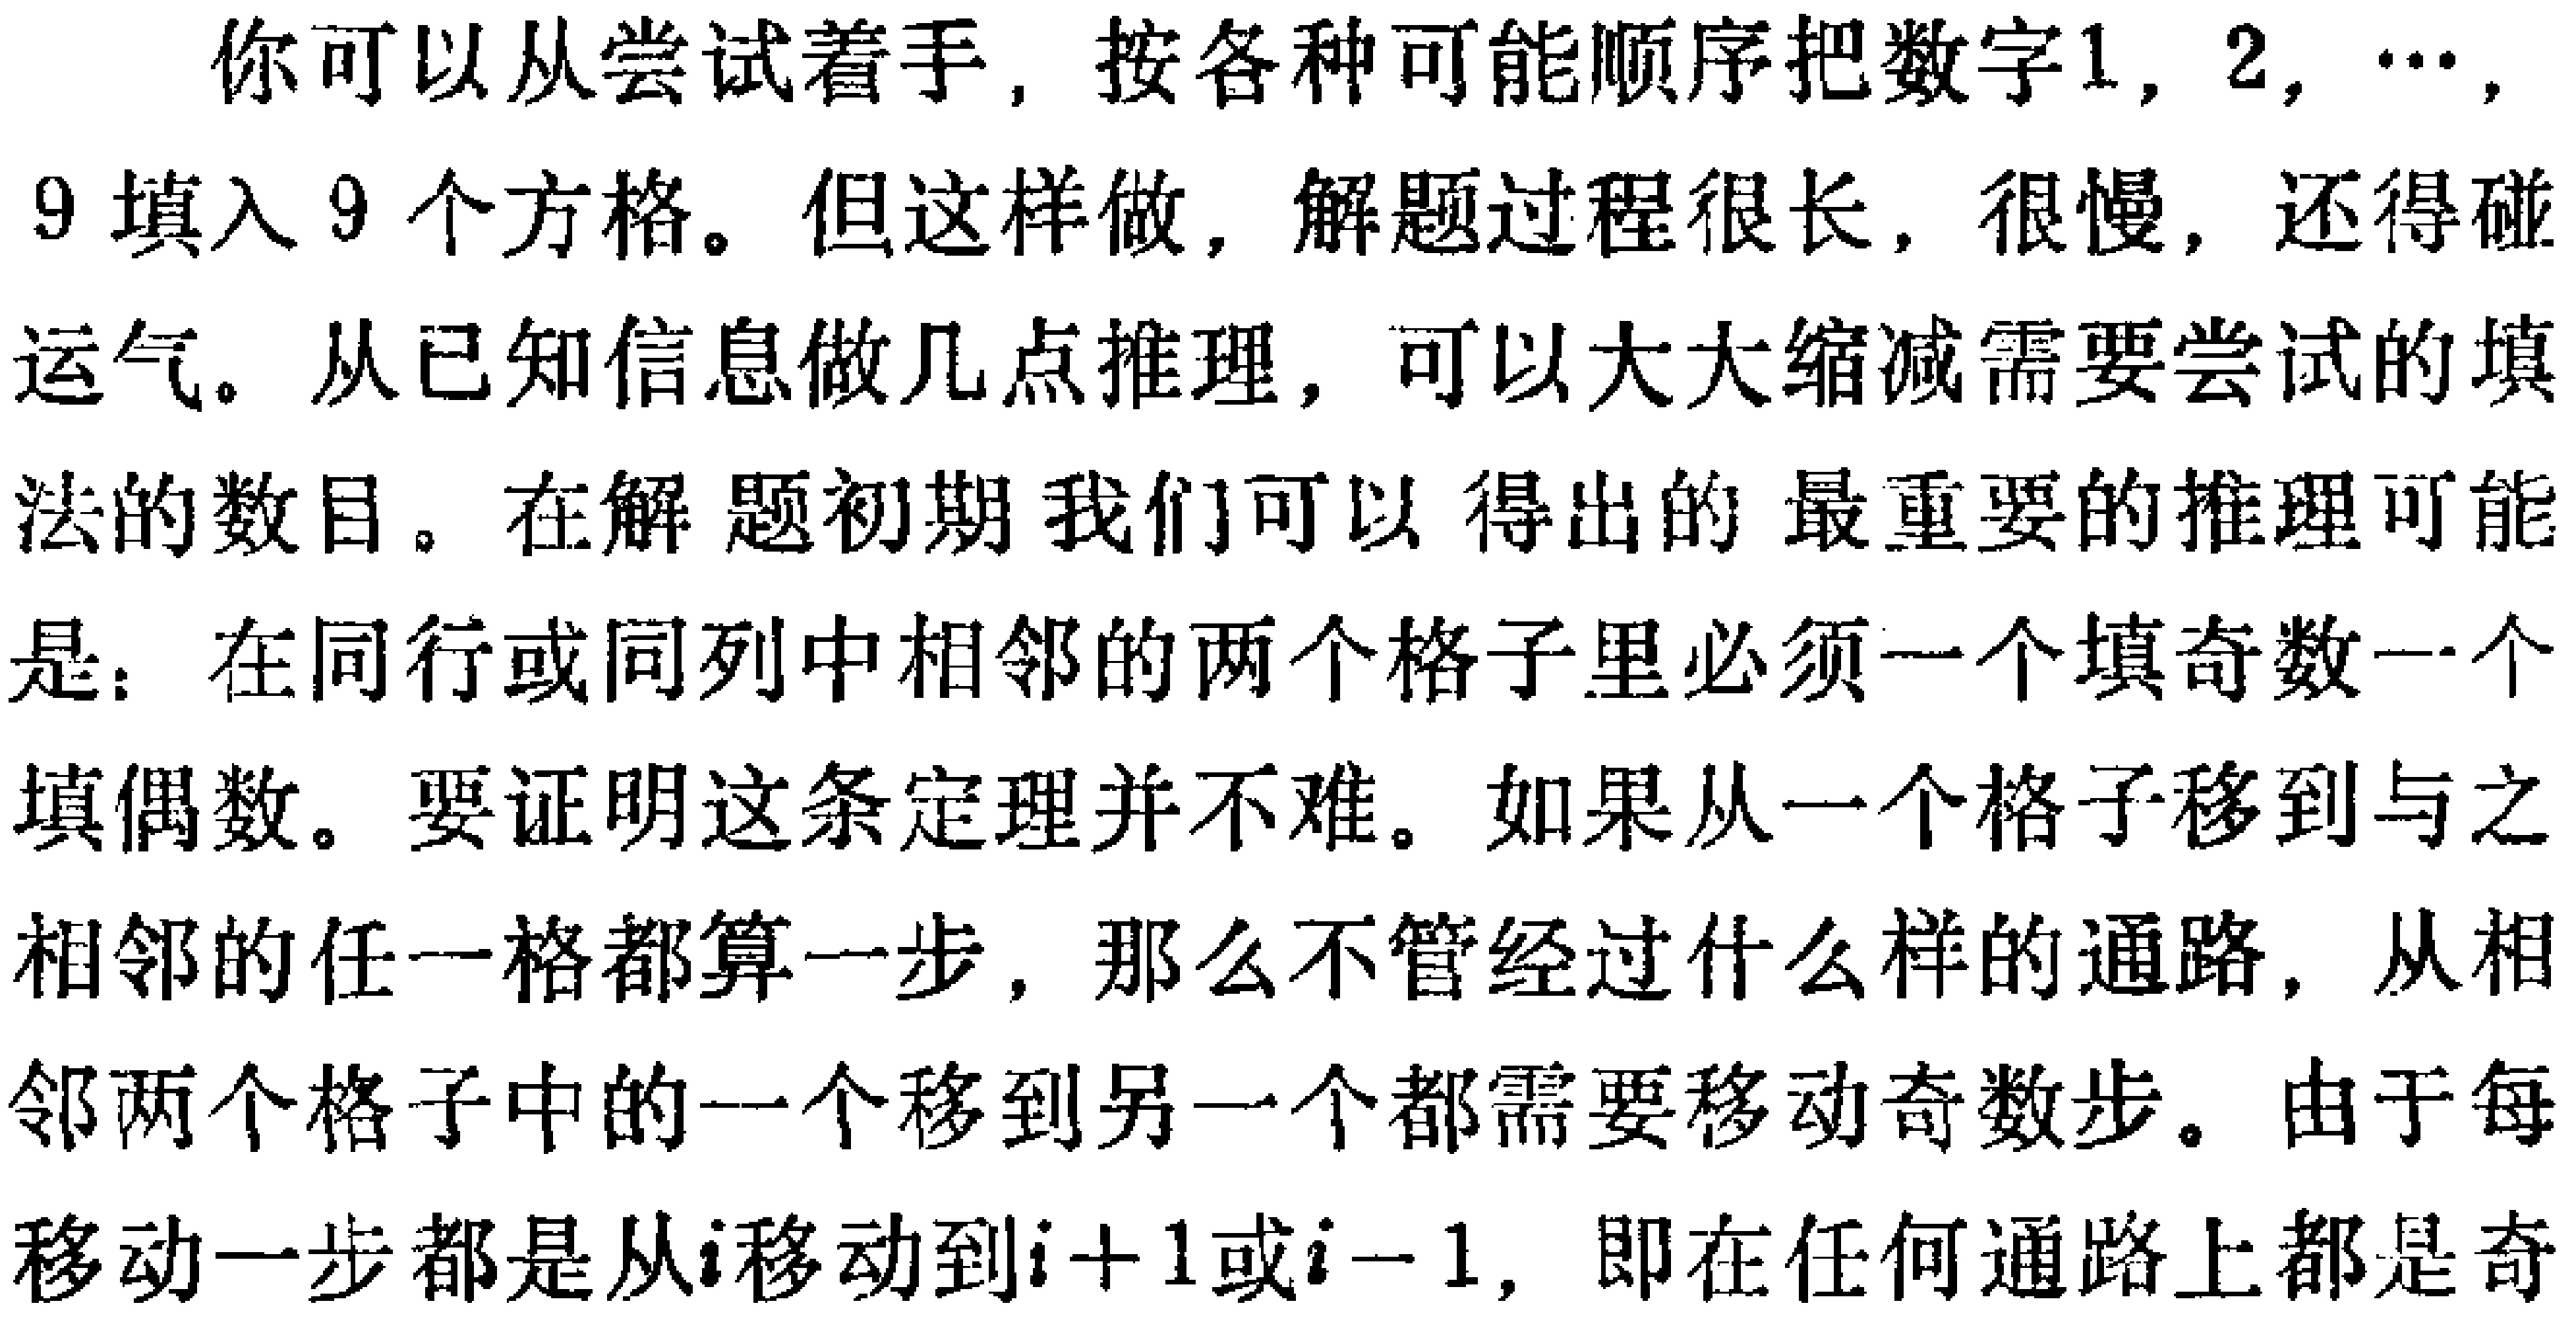
你可以从尝试着手，按各种可能顺序把数字1, 2, …,
9填入9个方格。但这样做，解题过程很长，很慢，还得碰
运气。从已知信息做几点推理，可以大大缩减需要尝试的填
法的数目。在解题初期我们可以得出的最重要的推理可能
是：在同行或同列中相邻的两个格子里必须一个填奇数一个
填偶数。要证明这条定理并不难。如果从一个格子移到与之
相邻的任一格都算一步，那么不管经过什么样的通路，从相
邻两个格子中的一个移到另一个都需要移动奇数步。由于每
移动一步都是从\(i\)移动到\(i + 1\)或\(i - 1\)，即在任何通路上都是奇